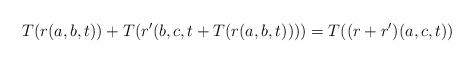
LaTeX: \begin{align*}T(r(a,b,t))+T(r'(b,c,t+T(r(a,b,t))))= T((r+r')(a,c,t))\end{align*}